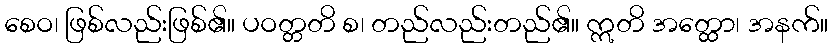
စေဝ၊ ဖြစ်လည်းဖြစ်၏။ ပဝတ္တတိ စ၊ တည်လည်းတည်၏။ ဣတိ အတ္ထော၊ အနက်။